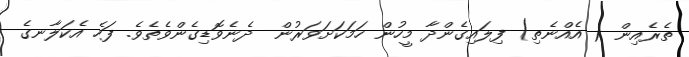
ތެރެއިން ( އެއްނެތި) ފިލައިގެންދާ މީހުން ހަމަކަށަވަރުން  ދެނެވޮޑިގެންވެތެވެ. ފަހެ އެކަލާނގެ